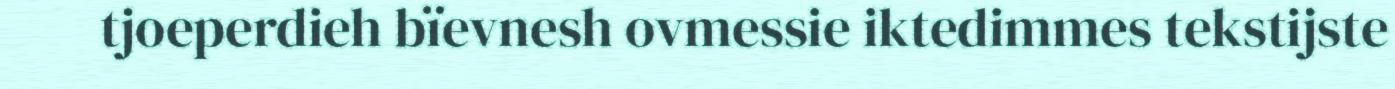
tjoeperdieh bïevnesh ovmessie iktedimmes tekstijste